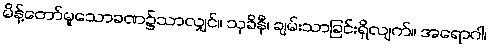
မိန့်တော်မူသောခဏ၌သာလျှင်။ သုခိနီ၊ ချမ်းသာခြင်းရှိလျက်။ အရောဂါ၊